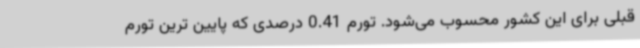
قبلی برای این کشور محسوب می‌شود. تورم 0.41 درصدی که پایین ترین تورم